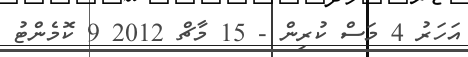
އަހަރު 4 މަސް ކުރިން - 15 މާޗް 2012 9 ކޮމެންޓު